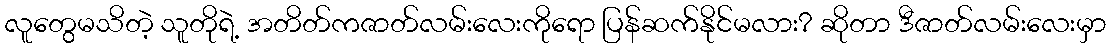
လူတွေမသိတဲ့ သူတိုရဲ့ အတိတ်ကဇာတ်လမ်းလေးကိုရော ပြန်ဆက်နိုင်မလား? ဆိုတာ ဒီဇာတ်လမ်းလေးမှာ